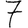
Digit: 7